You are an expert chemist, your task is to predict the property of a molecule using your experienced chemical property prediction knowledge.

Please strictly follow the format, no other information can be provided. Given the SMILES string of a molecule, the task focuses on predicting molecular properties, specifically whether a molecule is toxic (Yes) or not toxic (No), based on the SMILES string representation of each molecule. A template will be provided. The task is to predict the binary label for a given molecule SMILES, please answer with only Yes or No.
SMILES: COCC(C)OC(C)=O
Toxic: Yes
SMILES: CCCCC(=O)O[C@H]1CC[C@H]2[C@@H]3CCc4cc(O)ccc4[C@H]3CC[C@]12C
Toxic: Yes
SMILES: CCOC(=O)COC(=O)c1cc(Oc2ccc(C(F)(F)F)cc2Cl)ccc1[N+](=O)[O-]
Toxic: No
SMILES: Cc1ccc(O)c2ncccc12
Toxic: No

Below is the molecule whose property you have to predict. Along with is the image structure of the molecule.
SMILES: CCCN(CCC)c1c([N+](=O)[O-])cc(C(F)(F)F)c(N)c1[N+](=O)[O-]
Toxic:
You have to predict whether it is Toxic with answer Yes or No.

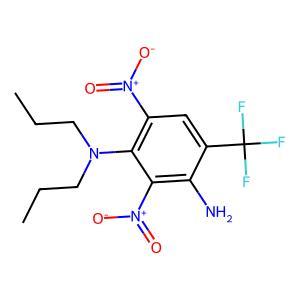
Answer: No